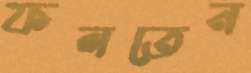
ফলতেন